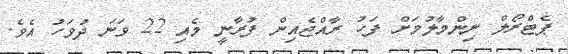
ޕެޓްރޯލް ނިންމާލުމަށް ފަހު ރާއްޖެއިން ފުރާނީ މެއި 22 ވަނަ ދުވަހު އެވެ.